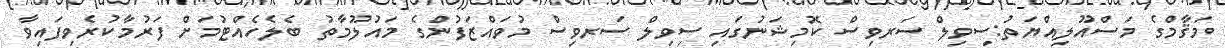
މަޤާމްގެ މަސްއޫލިއްޔަތު:ސިވިލް ސަރވިސް ކޮމިޝަނުގައި ސިވިލް ސަރވިސް މުވައްޒަފުންގެ މައުލޫމާތު ބެލެހެއްޓުމަށް ފަރުމާކުރެވިފައިވާ